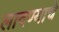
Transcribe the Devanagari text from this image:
लादण्याचे